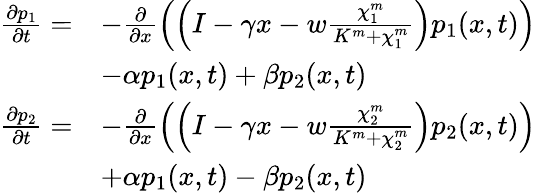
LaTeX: \begin{array}{rl}{\frac{\partial p_{1}}{\partial t}=}&{-\frac{\partial}{\partial x}\left(\left(I-\gamma x-w\frac{\chi_{1}^{m}}{K^{m}+\chi_{1}^{m}}\right)p_{1}(x,t)\right)}\\ &{-\alpha p_{1}(x,t)+\beta p_{2}(x,t)}\\ {\frac{\partial p_{2}}{\partial t}=}&{-\frac{\partial}{\partial x}\left(\left(I-\gamma x-w\frac{\chi_{2}^{m}}{K^{m}+\chi_{2}^{m}}\right)p_{2}(x,t)\right)}\\ &{+\alpha p_{1}(x,t)-\beta p_{2}(x,t)}\end{array}